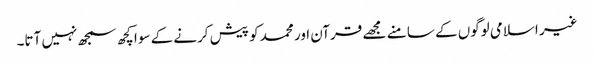
غیر اسلامی لوگوں کے سا منے مجھے قرآن اور محمد کو پیش کرنے کے سوا کچھ سمجھ نہیں آتا۔